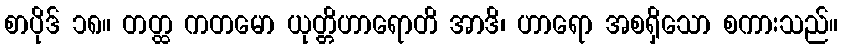
စာပိုဒ် ၁၈။ တတ္ထ ကတမော ယုတ္တိဟာရောတိ အာဒိ၊ ဟာရော အစရှိသော စကားသည်။